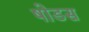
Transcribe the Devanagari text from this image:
षोडस